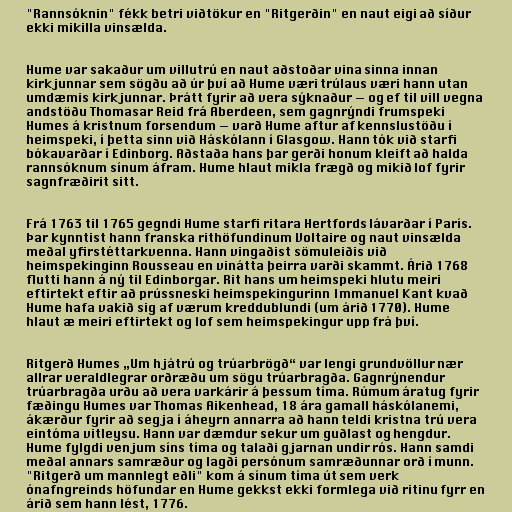
"Rannsóknin" fékk betri viðtökur en "Ritgerðin" en naut eigi að síður
ekki mikilla vinsælda.

Hume var sakaður um villutrú en naut aðstoðar vina sinna innan
kirkjunnar sem sögðu að úr því að Hume væri trúlaus væri hann utan
umdæmis kirkjunnar. Þrátt fyrir að vera sýknaður — og ef til vill vegna
andstöðu Thomasar Reid frá Aberdeen, sem gagnrýndi frumspeki
Humes á kristnum forsendum — varð Hume aftur af kennslustöðu í
heimspeki, í þetta sinn við Háskólann í Glasgow. Hann tók við starfi
bókavarðar í Edinborg. Aðstaða hans þar gerði honum kleift að halda
rannsóknum sínum áfram. Hume hlaut mikla frægð og mikið lof fyrir
sagnfræðirit sitt.

Frá 1763 til 1765 gegndi Hume starfi ritara Hertfords lávarðar í París.
Þar kynntist hann franska rithöfundinum Voltaire og naut vinsælda
meðal yfirstéttarkvenna. Hann vingaðist sömuleiðis við
heimspekinginn Rousseau en vinátta þeirra varði skammt. Árið 1768
flutti hann á ný til Edinborgar. Rit hans um heimspeki hlutu meiri
eftirtekt eftir að prússneski heimspekingurinn Immanuel Kant kvað
Hume hafa vakið sig af værum kreddublundi (um árið 1770). Hume
hlaut æ meiri eftirtekt og lof sem heimspekingur upp frá því.

Ritgerð Humes „Um hjátrú og trúarbrögð“ var lengi grundvöllur nær
allrar veraldlegrar orðræðu um sögu trúarbragða. Gagnrýnendur
trúarbragða urðu að vera varkárir á þessum tíma. Rúmum áratug fyrir
fæðingu Humes var Thomas Aikenhead, 18 ára gamall háskólanemi,
ákærður fyrir að segja í áheyrn annarra að hann teldi kristna trú vera
eintóma vitleysu. Hann var dæmdur sekur um guðlast og hengdur.
Hume fylgdi venjum síns tíma og talaði gjarnan undir rós. Hann samdi
meðal annars samræður og lagði persónum samræðunnar orð í munn.
"Ritgerð um mannlegt eðli" kom á sínum tíma út sem verk
ónafngreinds höfundar en Hume gekkst ekki formlega við ritinu fyrr en
árið sem hann lést, 1776.